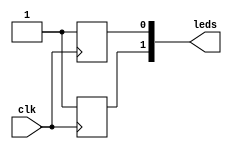
// This program was cloned from: https://github.com/Obijuan/open-fpga-verilog-tutorial
// License: GNU General Public License v2.0

//----------------------------------------------------------------------------
//-- Limitaciones en la sintesis de puertas triestado
//-- Error 2: Conexion de dos registro de 1 bit a un cable de 2 bits
//-- a traves de dos puertas triestado. Controlados con la misma
//-- seal de enable
//----------------------------------------------------------------------------
//--  (C) BQ. November 2015. Written by Juan Gonzalez (Obijuan)
//-- GPL license
//----------------------------------------------------------------------------

/*
 El error obtenido al sintetizar es:

arachne-pnr -d 1k -p error2.pcf error2.blif -o error2.txt
seed: 1
device: 1k
read_chipdb +/share/arachne-pnr/chipdb-1k.bin...
  supported packages: tq144, vq100
read_blif error2.blif...
prune...
read_pcf error2.pcf...
instantiate_io...
fatal error: $_TBUF_ gate must drive top-level output or inout port
Makefile:208: recipe for target 'error2.bin' failed
make: *** [error2.bin] Error 1
*/


`default_nettype none


module error2  (
         input wire clk,            //-- Entrada de reloj
         output wire [1:0] leds);   //-- Leds a controlar

//-- Senal de habilitacion para las puertas
wire ena = 1'b1;

//-- Registro de 1 bit
reg reg0;
always @(posedge clk)
  reg0 <= 1'b1;

//-- Registro de 1 bit
reg reg1;
always @(posedge clk)
  reg1 <= 1'b1;

//-- Conectar los registros al cable de 2 bits
//-- Se controlan con la misma seal de habilitacion
assign leds[0] = (ena) ? reg0 : 1'bz;
assign leds[1] = (ena) ? reg1 : 1'bz;


endmodule